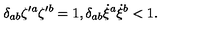
\delta _ { a b } \zeta { ^ { \prime a } } \zeta { ^ { \prime b } } = 1 , \delta _ { a b } \dot { \xi } { ^ a } \dot { \xi } { ^ b } < 1 .